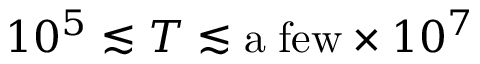
1 0 ^ { 5 } \lesssim T \lesssim \mathrm { a \; f e w } \times 1 0 ^ { 7 }